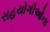
સહયોગીઓના